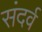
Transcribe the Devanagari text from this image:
संदर्व